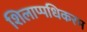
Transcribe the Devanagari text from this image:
शिलाप्पधिकरम